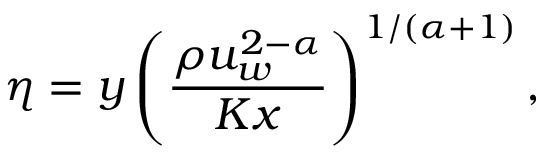
\eta = y \left( \frac { \rho u _ { w } ^ { 2 - \alpha } } { K x } \right) ^ { 1 / ( \alpha + 1 ) } ,